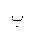
Letter: _ba